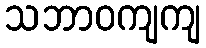
သဘာဝကျကျ